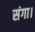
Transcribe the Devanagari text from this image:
संगा।